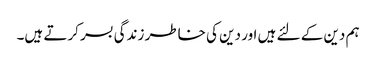
ہم دین کے لئے ہیں اور دین کی خاطر زندگی بسر کرتے ہیں۔